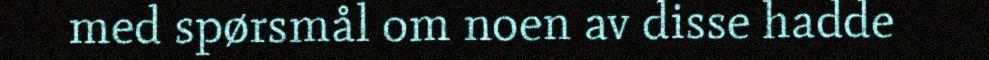
med spørsmål om noen av disse hadde